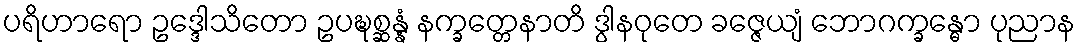
ပရိဟာရော ဥဒ္ဒေါသိတော ဥပဍ္ဎစ္ဆန္နံ နက္ခတ္တေနာတိ ဒွါနဝုတေ ခဇ္ဇေယျံ ဘောဂက္ခန္ဓော ပုညာန